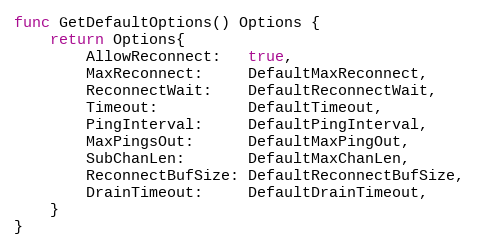
Language: Go
func GetDefaultOptions() Options {
	return Options{
		AllowReconnect:   true,
		MaxReconnect:     DefaultMaxReconnect,
		ReconnectWait:    DefaultReconnectWait,
		Timeout:          DefaultTimeout,
		PingInterval:     DefaultPingInterval,
		MaxPingsOut:      DefaultMaxPingOut,
		SubChanLen:       DefaultMaxChanLen,
		ReconnectBufSize: DefaultReconnectBufSize,
		DrainTimeout:     DefaultDrainTimeout,
	}
}